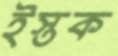
ইস্তক